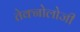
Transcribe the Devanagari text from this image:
तेक्नोलोजी